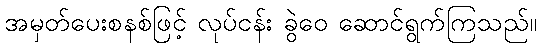
အမှတ်ပေးစနစ်ဖြင့် လုပ်ငန်း ခွဲဝေ ဆောင်ရွက်ကြသည်။